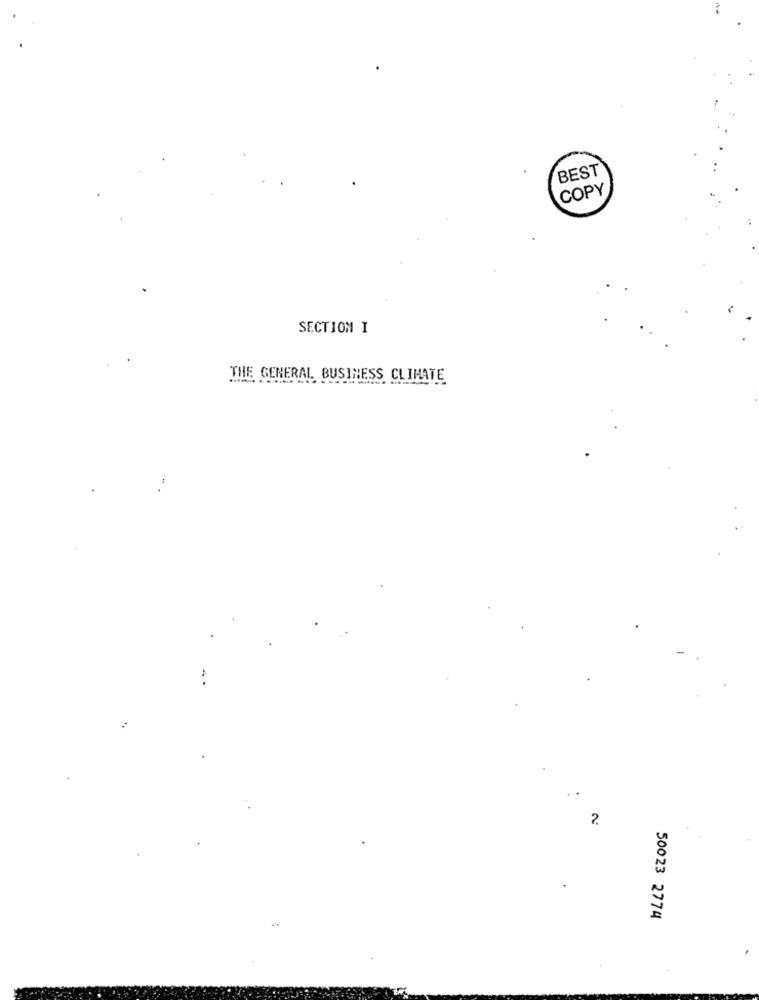
BEST
COPY
SECTION I
THE GENERAL BUSINESS CLIMATE
50023 2774